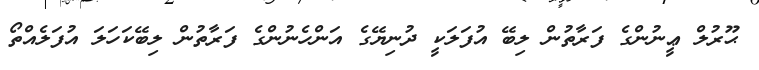
ޙޫރުލް ޢީނުންގެ ފަރާތުން ލިބޭ އުފަލަކީ ދުނިޔޭގެ އަންހެނުންގެ ފަރާތުން ލިބޭކަހަލަ އުފަލެއްތޯ